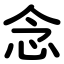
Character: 念